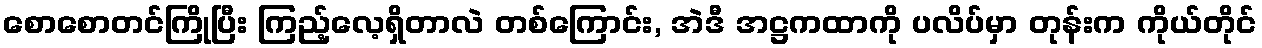
စောစောတင်ကြိုပြီး ကြည့်လေ့ရှိတာလဲ တစ်ကြောင်း, အဲဒီ အဋ္ဌကထာကို ပလိပ်မှာ တုန်းက ကိုယ်တိုင်